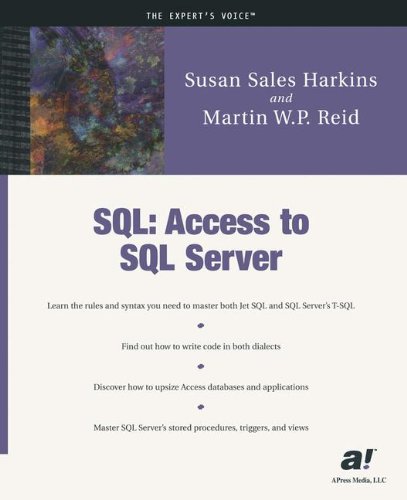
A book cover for SQL: Access to SQL Server; Susan Sales Harkins; Computers & Technology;